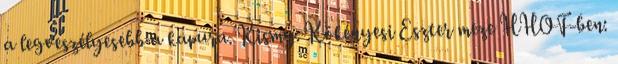
a legveszélyesebb a kapura. Kismy: Kökényesi Eszter meze HHOF-ben: